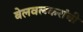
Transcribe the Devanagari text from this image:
बेलवलकरांची